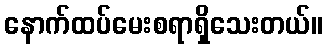
နောက်ထပ်မေးစရာရှိသေးတယ်။